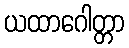
ယထာဂေါတ္တာ